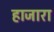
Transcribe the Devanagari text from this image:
हाजारा